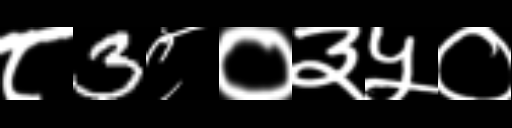
Text: ८3८०३५०